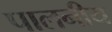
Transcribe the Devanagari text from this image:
पालनीय